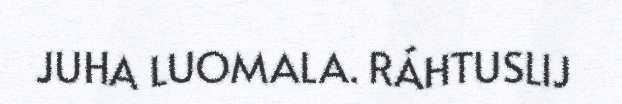
JUHA LUOMALA. RÁHTUSLIJ